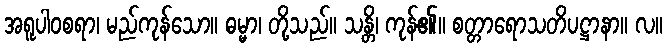
အရူပါဝစရာ၊ မည်ကုန်သော။ ဓမ္မာ၊ တို့သည်။ သန္တိ၊ ကုန်၏။ စတ္တာရောသတိပဋ္ဌာနာ။ လ။